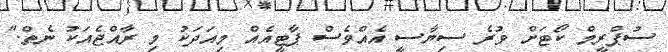
ސުޕްރީމް ކޯޓަށް ވުރެ ސިޔާސީ އެއްވެސް ޕާޓީއެއް މިއަދަކު މި ރާއްޖެއަކު ނެތް."